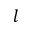
l